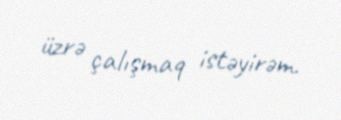
üzrə çalışmaq istəyirəm.